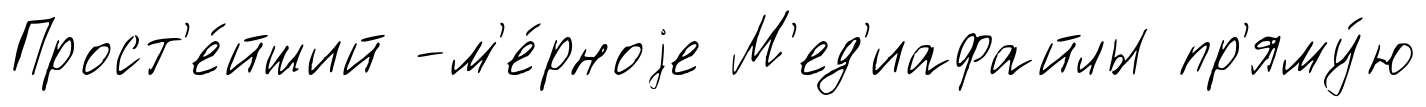
Прост'е́йший -м'е́рноjе М'ед'иафайлы пр'яму́ю